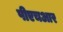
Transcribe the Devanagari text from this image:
पीएचआर